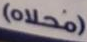
(محلاه)